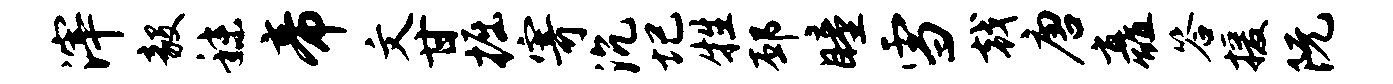
滓毅秣帝文甘掘寄沉圮牲邳瞳雪戟唐矗答援阮